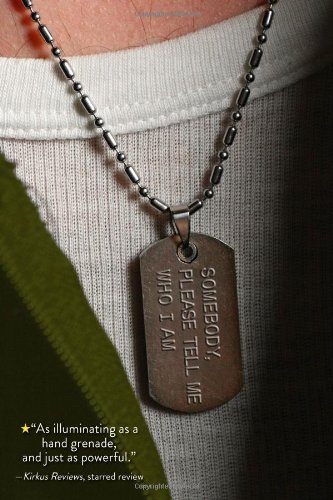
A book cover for Somebody, Please Tell Me Who I Am; Harry Mazer; Teen & Young Adult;